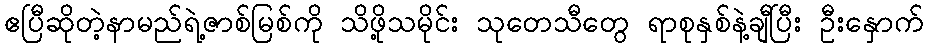
ဧပြီဆိုတဲ့နာမည်ရဲ့ဇာစ်မြစ်ကို သိဖို့သမိုင်း သုတေသီတွေ ရာစုနှစ်နဲ့ချီပြီး ဦးနှောက်